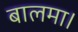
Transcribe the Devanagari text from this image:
बालमा।